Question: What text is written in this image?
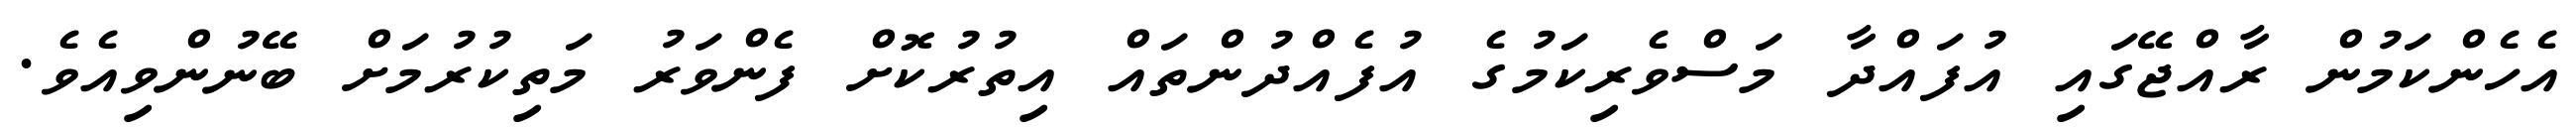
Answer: އެހެންކަމުން ރާއްޖޭގައި އުފައްދާ މަސްވެރިކަމުގެ އުފެއްދުންތައް އިތުރުކޮށް ފެންވަރު މަތިކުރުމަށް ބޭނުންވިއެވެ.